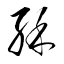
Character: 酥